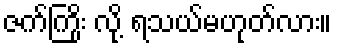
ဇက်ကြိုး လို့ ရသယ်မဟုတ်လား။